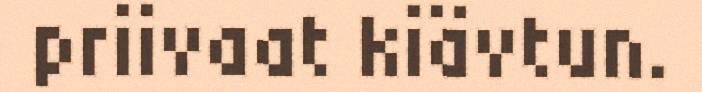
priivaat kiävtun.